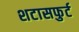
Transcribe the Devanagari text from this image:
शटासफुर्ट